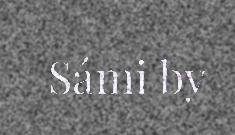
Sámi by